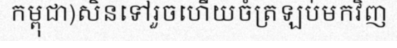
កម្ពុជា)សិនទៅរួចហើយចំត្រឡប់មកវិញ